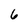
Character: 6